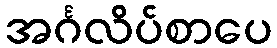
အင်္ဂလိပ်စာပေ